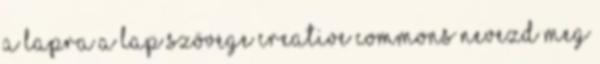
a lapra A lap szövege Creative Commons Nevezd meg